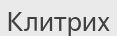
Клитрих